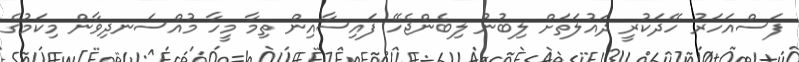
ފަސްއަހަރު ހޭދަކުރީ ދައުލަތަށް ލިބުނު ލިބެންޖެހޭ ފައިސާއިން ތިމާ މީހާ މުއްސަނދިވާން މިކަމުގެ